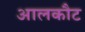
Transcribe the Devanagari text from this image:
आलकौट